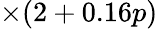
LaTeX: \times(2+0.16p)